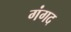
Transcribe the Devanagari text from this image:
गंगद